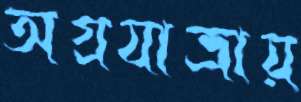
অগ্রযাত্রায়